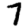
Digit: 7